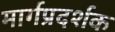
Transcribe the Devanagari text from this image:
मार्गप्रदर्शक